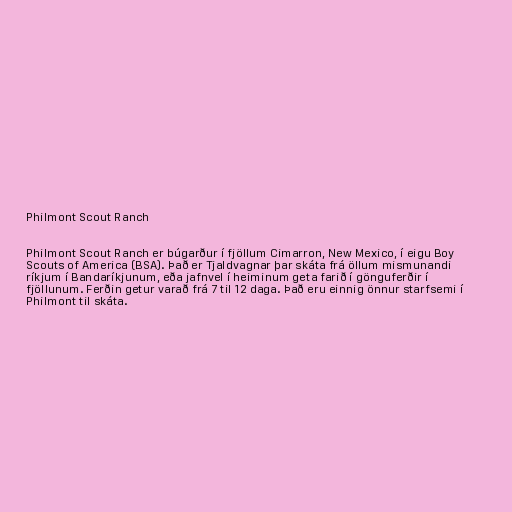
Philmont Scout Ranch

Philmont Scout Ranch er búgarður í fjöllum Cimarron, New Mexico, í eigu Boy
Scouts of America (BSA). Það er Tjaldvagnar þar skáta frá öllum mismunandi
ríkjum í Bandaríkjunum, eða jafnvel í heiminum geta farið í gönguferðir í
fjöllunum. Ferðin getur varað frá 7 til 12 daga. Það eru einnig önnur starfsemi í
Philmont til skáta.